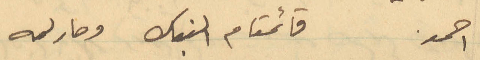
احمد قائمقام النبك وصار له